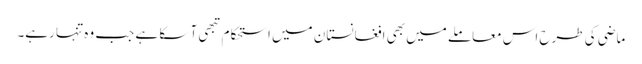
ماضی کی طرح اس معاملے میں بھی افغانستان میں استحکام تبھی آ سکا ہے جب وہ تنہا رہے۔